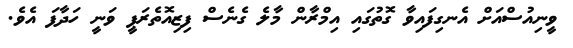
ވީނިއުސްއަށް އެނގިފައިވާ ގޮތުގައި އިމްރާން މާލެ ގެނެސް ފިޒިއޮތެރަޕީ ވަނީ ހަދާފަ އެވެ.